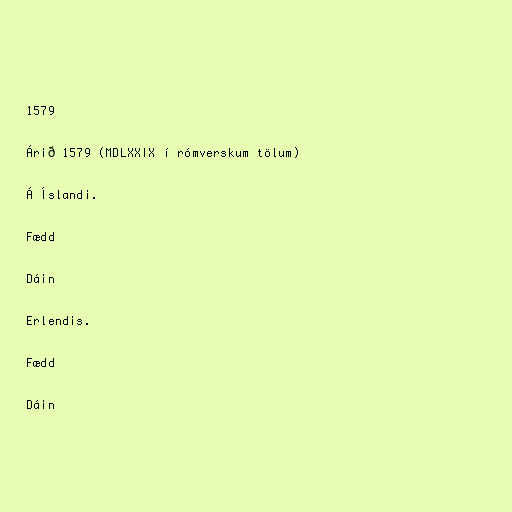
1579

Árið 1579 (MDLXXIX í rómverskum tölum)

Á Íslandi.

Fædd

Dáin

Erlendis.

Fædd

Dáin